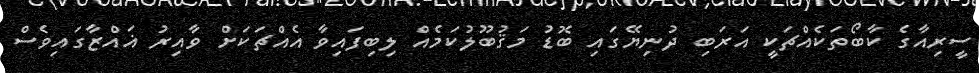
ސީރިއާގެ ކާބޯތަކެއްޗަކީ އަރަބި ދުނިޔޭގައި ބޮޑު މަޤުބޫލުކަމެއް ލިބިފައިވާ އެއްޗަކަށް ވާއިރު ޣައްޒާގައިވެސް